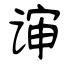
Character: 谉